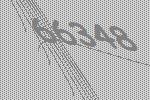
66348